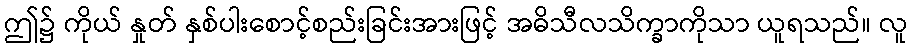
ဤ၌ ကိုယ် နှုတ် နှစ်ပါးစောင့်စည်းခြင်းအားဖြင့် အဓိသီလသိက္ခာကိုသာ ယူရသည်။ လူ